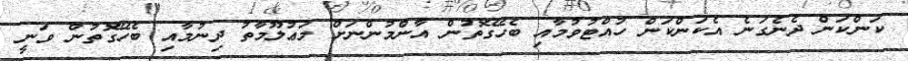
ކަންކަން ދެނެގަނެ އެކަންކަން ހުއްޓުވުމާއި ބެހޭގޮތުން އާންމުންނަށް މަޢުލޫމާތު ދިނުމާއި ބެހޭގޮތުން ވަނީ